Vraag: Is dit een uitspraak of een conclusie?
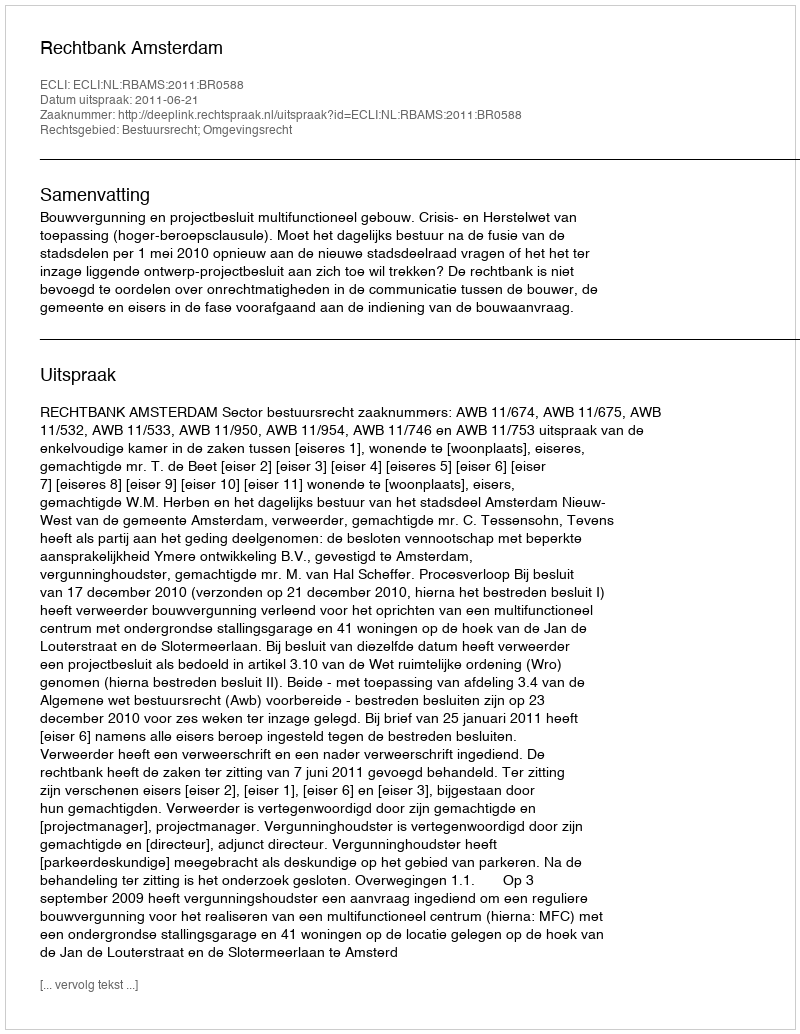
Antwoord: Uitspraak